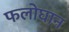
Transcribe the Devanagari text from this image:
फलोघान